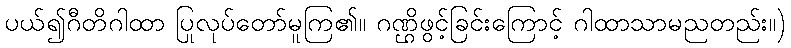
ပယ်၍ဂီတိဂါထာ ပြုလုပ်တော်မူကြ၏။ ဂဏ္ဌိဖွင့်ခြင်းကြောင့် ဂါထာသာမညတည်း။)